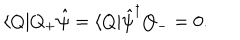
LaTeX: \langle Q | Q _ { + } \hat { \psi } = \langle Q | \hat { \psi } ^ { \dagger } Q _ { - } = 0 .